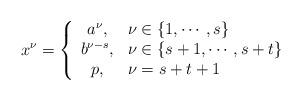
LaTeX: \begin{align*}x^\nu=\left\lbrace\begin{array}{cl} a^\nu,& \nu\in\{1,\cdots,s\}\\ b^{\nu-s},& \nu\in\{s+1,\cdots, s+t\}\\ p,&\nu=s+t+1 \end{array} \right. \end{align*}